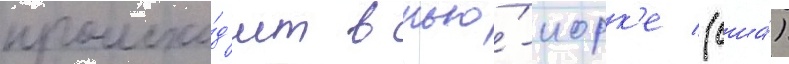
происхо́д'ит в нью́-иорк'е (сша́)